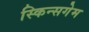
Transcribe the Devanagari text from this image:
स्किन्सगेम